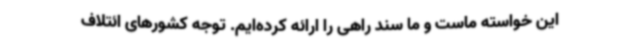
این خواسته ماست و ما سند راهی را ارائه کرده‌ایم. توجه کشورهای ائتلاف